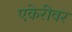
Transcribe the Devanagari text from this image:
एकेरीवर